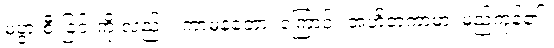
မပွားစီးခြင်းကို လည်း။ ကာမနတော၊ ကြောင့်။ အဟိတကာမာ၊ မည်ကုန်၏။